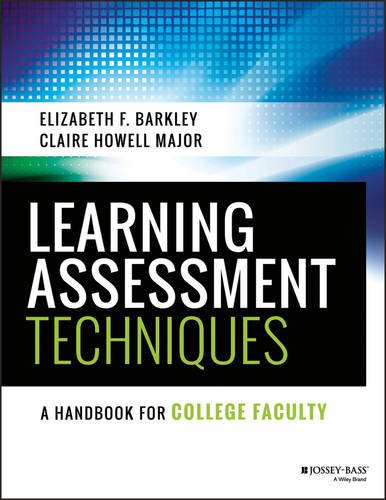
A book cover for Learning Assessment Techniques: A Handbook for College Faculty; Elizabeth F. Barkley; Education & Teaching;